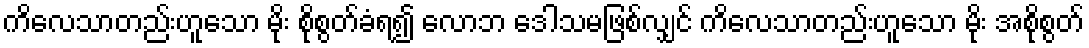
ကိလေသာတည်းဟူသော မိုး စိုစွတ်ခံရ၍ လောဘ ဒေါသမဖြစ်လျှင် ကိလေသာတည်းဟူသော မိုး အစိုစွတ်